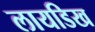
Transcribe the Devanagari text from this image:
लायडिख